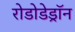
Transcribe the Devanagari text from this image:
रोडोडेड्रॉन